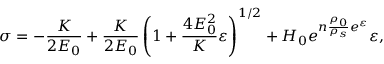
\sigma = - \frac { K } { 2 E _ { 0 } } + \frac { K } { 2 E _ { 0 } } \left( 1 + \frac { 4 E _ { 0 } ^ { 2 } } { K } \varepsilon \right) ^ { 1 / 2 } + H _ { 0 } e ^ { n \frac { \rho _ { 0 } } { \rho _ { s } } e ^ { \varepsilon } } \varepsilon ,